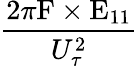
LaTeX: \frac{2\pi\mathrm{{F}\times E_{11}}}{U_{\tau}^{2}}